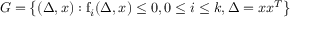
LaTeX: G = \left\{ ( \Delta , x ) : \mathrm { { f } } _ { i } ( \Delta , x ) \leq 0 , 0 \leq i \leq k , \Delta = x x ^ { T } \right\}